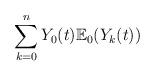
LaTeX: \begin{align*}\sum_{k=0}^n Y_0(t) {\mathbb E}_0(Y_k(t)) \end{align*}